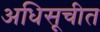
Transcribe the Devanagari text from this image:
अधिसूचीत